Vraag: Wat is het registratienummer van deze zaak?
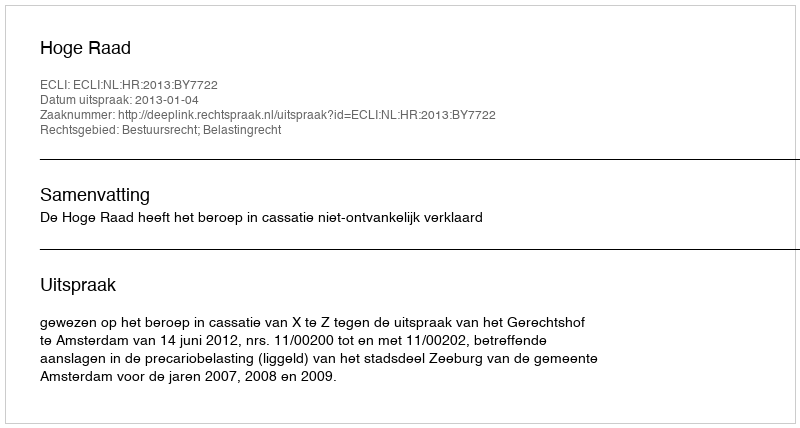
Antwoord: http://deeplink.rechtspraak.nl/uitspraak?id=ECLI:NL:HR:2013:BY7722